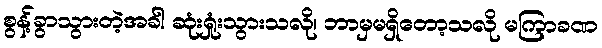
စွန့်ခွာသွားတဲ့အခါ ဆုံးရှုံးသွားသလို၊ ဘာမှမရှိတော့သလို မကြာခဏ